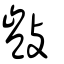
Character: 敱